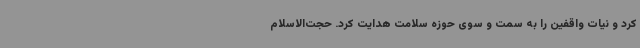
کرد و نیات واقفین را به سمت و سوی حوزه سلامت هدایت کرد. حجت‌الاسلام